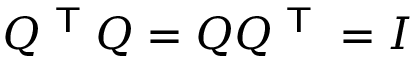
Q ^ { \textsf { T } } Q = Q Q ^ { \textsf { T } } = I